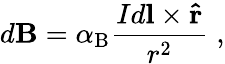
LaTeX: d\mathbf{B}=\alpha_{\mathrm{{B}}}{\frac{Id\mathbf{l}\times\mathbf{\hat{r}}}{r^{2}}}\; ,